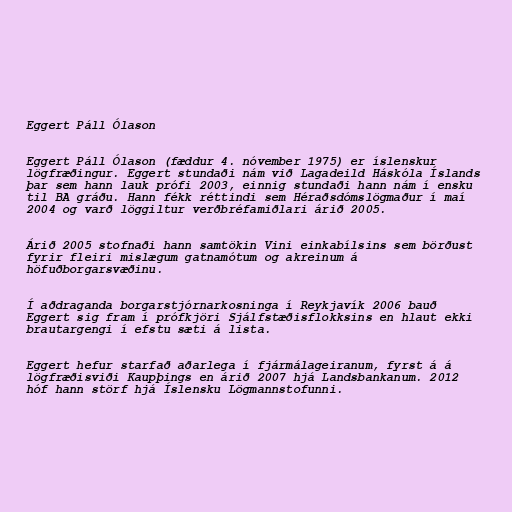
Eggert Páll Ólason

Eggert Páll Ólason (fæddur 4. nóvember 1975) er íslenskur
lögfræðingur. Eggert stundaði nám við Lagadeild Háskóla Íslands
þar sem hann lauk prófi 2003, einnig stundaði hann nám í ensku
til BA gráðu. Hann fékk réttindi sem Héraðsdómslögmaður í maí
2004 og varð löggiltur verðbréfamiðlari árið 2005.

Árið 2005 stofnaði hann samtökin Vini einkabílsins sem börðust
fyrir fleiri mislægum gatnamótum og akreinum á
höfuðborgarsvæðinu.

Í aðdraganda borgarstjórnarkosninga í Reykjavík 2006 bauð
Eggert sig fram í prófkjöri Sjálfstæðisflokksins en hlaut ekki
brautargengi í efstu sæti á lista.

Eggert hefur starfað aðarlega í fjármálageiranum, fyrst á á
lögfræðisviði Kaupþings en árið 2007 hjá Landsbankanum. 2012
hóf hann störf hjá Íslensku Lögmannstofunni.